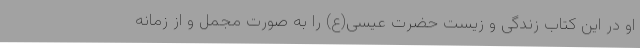
او در این کتاب زندگی و زیست حضرت عیسی(ع) را به صورت مجمل و از زمانه